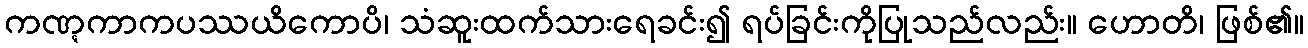
ကဏ္ဋကာကပဿယိကောပိ၊ သံဆူးထက်သားရေခင်း၍ ရပ်ခြင်းကိုပြုသည်လည်း။ ဟောတိ၊ ဖြစ်၏။